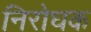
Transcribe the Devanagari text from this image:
निरोघक